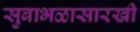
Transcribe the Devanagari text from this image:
सुबाभळासारखी